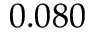
0 . 0 8 0